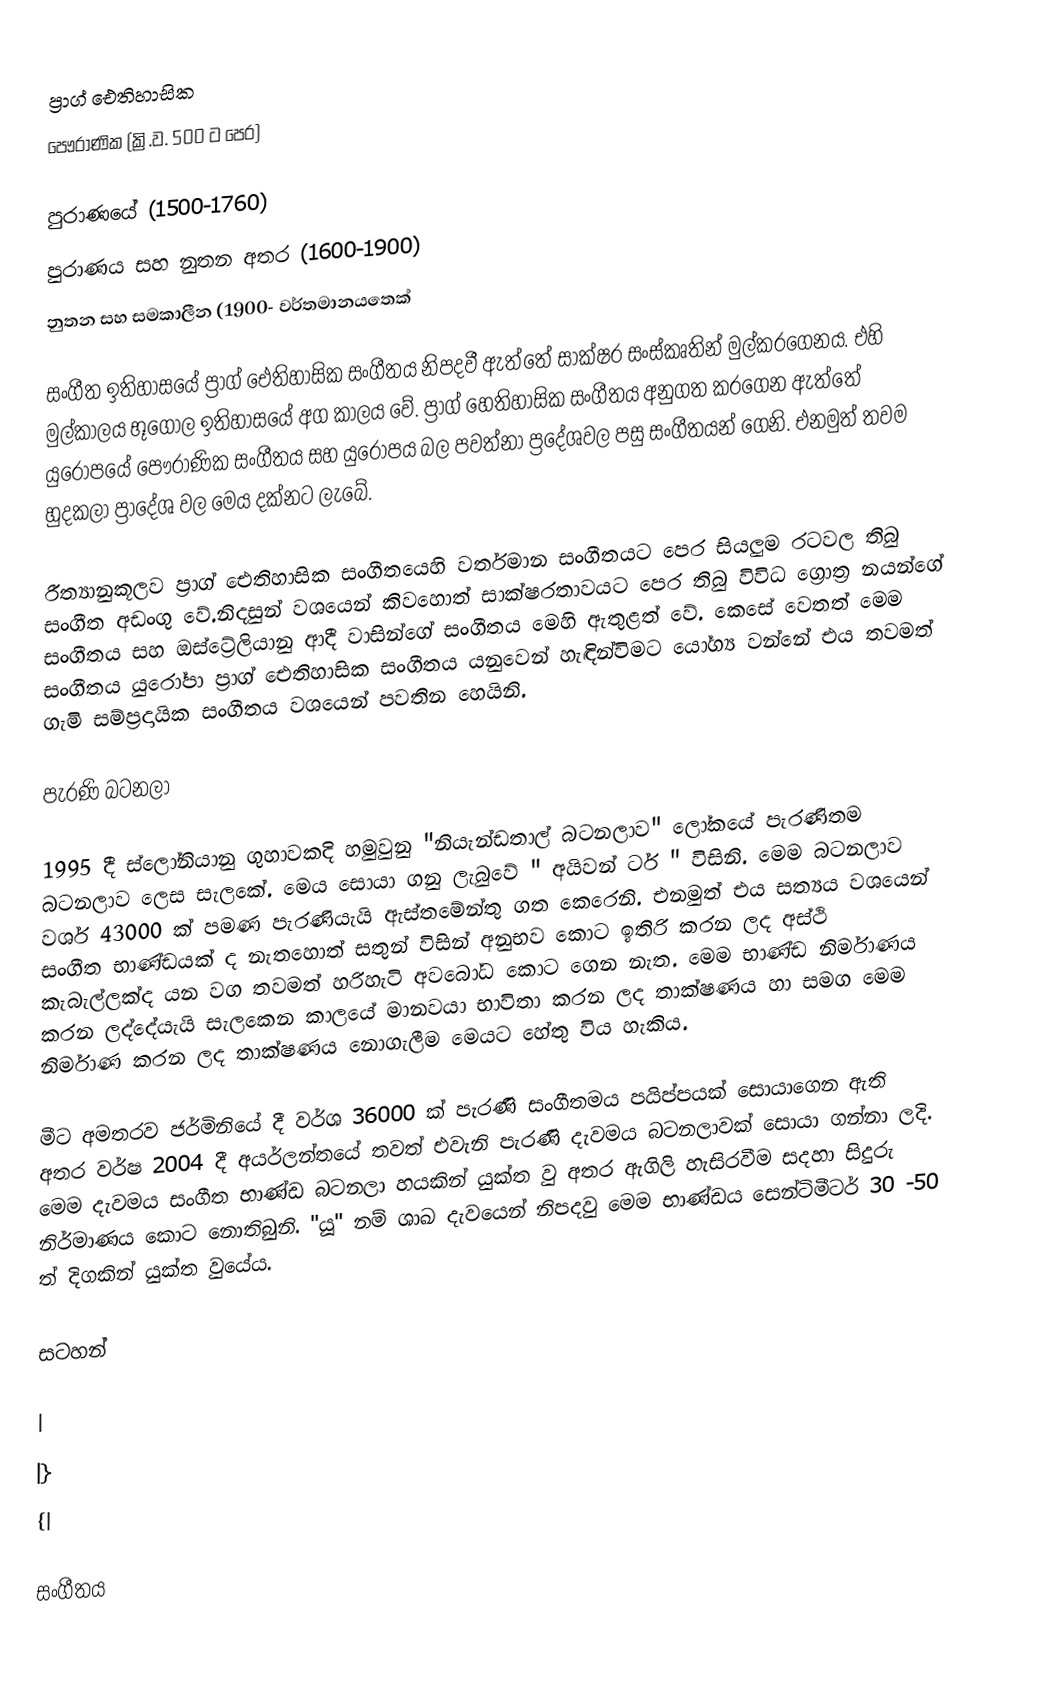
ප්‍රාග් ඓතිහාසික
පෞරාණික 		(ක්‍රි.ව. 500 ට පෙර)

පුරාණයේ 		(1500-1760)
පුරාණය සහ නුතන අතර (1600-1900)
නුතන සහ සමකාලීන  	(1900- වර්තමානයතෙක්

සංගීත ඉතිහාසයේ ප්‍රාග් ඓතිහාසික සංගීතය නිපදවී ඇත්තේ සාක්ෂර සංස්කෘතින් මුල්කරගෙනය. එහි මුල්කාලය භූගෝල ඉතිහාසයේ අග කාලය වේ. ප්‍රාග් හෙතිහාසික සංගීතය අනුගත කරගෙන ඇත්තේ යුරෝපයේ පෞරාණික සංගීතය සහ යුරෝපය බල පවත්නා ප්‍රදේශවල පසු සංගීතයන් ගෙනි. එනමුත් තවම හුදකලා ප්‍රාදේශ වල මෙය දක්නට ලැබේ.

රීත්‍යානුකූලව ප්‍රාග් ඓතිහාසික සංගීතයෙහි වර්තමාන සංගීතයට පෙර සියලුම රටවල තිබු සංගීත අඩංගු වේ.නිදසුන් වශයෙන් කිවහොත් සාක්ෂරතාවයට පෙර තිබු විවිධ ග්‍රොත්‍ර නයන්ගේ සංගීතය සහ ඔස්ට්‍රේලියානු ආදී වාසින්ගේ සංගීතය මෙහි ඇතුළත් වේ. කෙසේ වෙතත් මෙම සංගීතය යුරෝපා ප්‍රාග් ඓතිහාසික සංගීතය යනුවෙන් හැඳින්විමට යෝග්‍ය වන්නේ එය තවමත් ගැමි සම්ප්‍රදායික සංගීතය වශයෙන් පවතින හෙයිනි.

පැරණි බටනලා

1995 දී ස්ලෝනියානු ගුහාවකදි හමුවුනු "නියැන්ඩතාල් බටනලාව" ලෝකයේ පැරණිතම බටනලාව ලෙස සැලකේ. මෙය සොයා ගනු ලැබුවේ " අයිවන් ටර් " විසිනි. මෙම බටනලාව වර්ශ 43000 ක් පමණ පැරණියැයි ඇස්ත‍මේන්තු ගත කෙරෙනි. එනමුත් එය සත්‍යය වශයෙන් සංගීත භාණ්ඩයක් ද නැතහොත් සතුන් විසින් අනුභව කොට ඉතිරි කරන ලද අස්ථි කැබැල්ලක්ද යන වග තවමත් හරිහැටි අවබෝධ කොට ගෙන නැත.  මෙම භාණ්ඩ නිර්මාණය කරන ලද්දේයැයි සැලකෙන කාලයේ මානවයා භාවිතා  කරන ලද තාක්ෂණය හා සමග මෙම නිර්මාණ කරන ලද තාක්ෂණය නොගැලීම මෙයට හේතු විය හැකිය.

මීට අමතරව ජර්මිනියේ දී වර්ශ 36000 ක් පැරණි සංගීතමය පයිප්පයක් සොයාගෙන ඇති අතර වර්ෂ 2004 දී අයර්ලන්තයේ තවත් එවැනි පැරණි දැවමය බටනලාවක්  සොයා ගන්නා ලදි. මෙම දැවමය සංගීත භාණ්ඩ බටනලා හයකින් යුක්ත වු අතර ඇගිලි හැසිරවීම සදහා සිදුරු නිර්මාණය කොට නොතිබුනි. "යූ" නම් ශාඛ දැවයෙන් නිපදවු මෙම භාණ්ඩය සෙන්ටිමීටර් 30 -50 ත් දිගකින් යුක්ත වුයේය.

සටහන්

|
|}
{|

සංගීතය